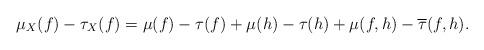
LaTeX: \begin{align*}\mu_X(f)-\tau_X(f)=\mu(f)-\tau(f)+\mu(h)-\tau(h)+\mu(f,h)-\overline{\tau}(f,h).\end{align*}